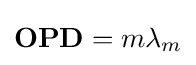
\mathbf {OPD} =m\lambda _{m}